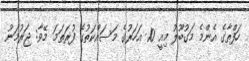
ހަފްތާގެ އެންމެ މަގުބޫލު މިއީ 10 އަހަރުގެ މަސައްކަތުގެ ފުރަަތަމަ މޭވާ: ޖަރުމަނު